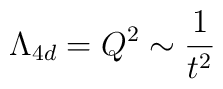
\Lambda_{4d} = Q^2 \sim \frac{1}{t^2}